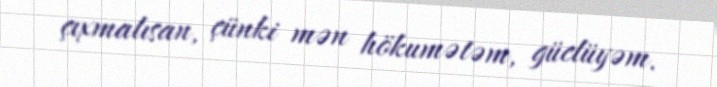
çıxmalısan, çünki mən hökumətəm, güclüyəm.